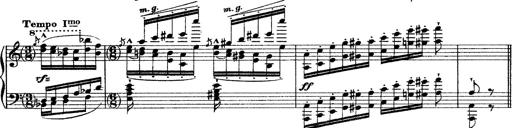
Title: Grande fantasie di bravura sur La clochette
Composer: Franz Liszt
Key: A minor